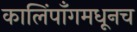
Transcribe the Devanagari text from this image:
कालिंपाँगमधूनच